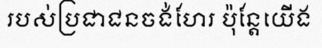
របស់ប្រជាជនចង់ហែរ ប៉ុន្តែយើង